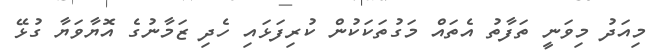
މިއަދު މިވަނީ ތަފާތު އެތައް މަގުތަކަކުން ކުރިފަޅައި ހެދި ޒަމާނުގެ އޮޔާވަޔާ ގުޅޭ